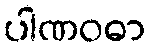
ပါဏဝဓာ